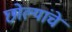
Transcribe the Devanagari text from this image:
छोल्यांचे